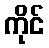
ကိုင်